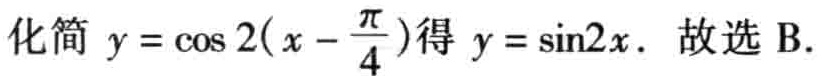
化简 \(y = \cos 2(x - \frac{\pi}{4})\)得 \(y = \sin 2x\). 故选 B.